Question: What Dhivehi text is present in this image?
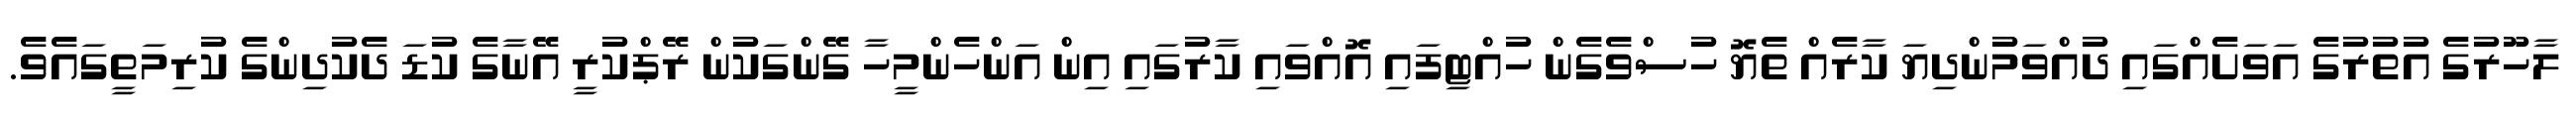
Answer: ލާހޫރުގެ އުތުރުގެ އަވަށެއްގައި ދުއްވަމުންދިޔަ ކާރެއް ތެޔޮ ހުސްވެގެން ހުއްޓިފައި އޮއްވައި ކާރުގައި އިން އަންހެންމީހާ ގޭންގަކުން ރޭޕްކުރީ އޭނާގެ ކުޑަ ދެކުދިންގެ ކުރިމަތީގައެވެ.